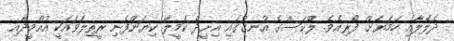
ދެލޮލާއި ހަމަޔަށް ފޯރިއެވެ. ލޫކަސްގެ އުނގުގައި އިށީދެ ކަމީލާ ކިޔަންފެށި ރީތިލަވައަކީ އުއްމީދާއި